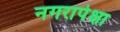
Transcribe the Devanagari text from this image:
नगरापेक्षा